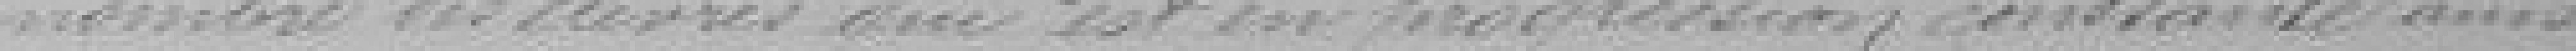
nombre des élèves qui est en progression constante ainsi